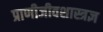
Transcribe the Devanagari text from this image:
प्राणीजीवशास्त्रज्ञ